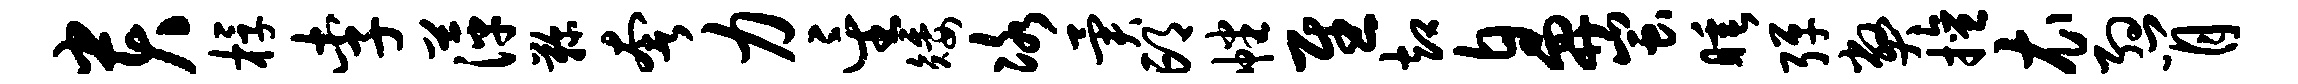
贵桴李萍鞠奢力星矮冰异邙幡慰却鼻蚩睡弹弊擅衣约肖